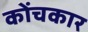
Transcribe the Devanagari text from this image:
कोंचकार